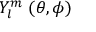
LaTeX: Y _ { l } ^ { m } \, \left( \theta , \phi \right)